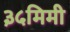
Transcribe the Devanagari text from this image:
३५मिमी